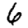
Digit: 6